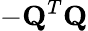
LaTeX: -\mathbf{Q}^{T}\mathbf{Q}